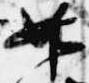
如